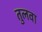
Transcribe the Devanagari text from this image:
तुलवा